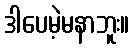
ဒါပေမဲ့မနာဘူး။